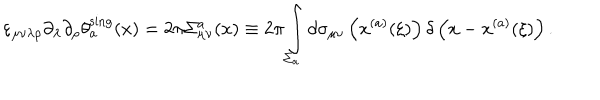
\varepsilon _ { \mu \nu \lambda \rho } \partial _ { \lambda } \partial _ { \rho } \theta _ { a } ^ { \mathrm { s i n g } } ( x ) = 2 \pi \Sigma _ { \mu \nu } ^ { a } ( x ) \equiv 2 \pi \int _ { \Sigma _ { a } } ^ { } d \sigma _ { \mu \nu } \left( x ^ { ( a ) } ( \xi ) \right) \delta \left( x - x ^ { ( a ) } ( \xi ) \right) .